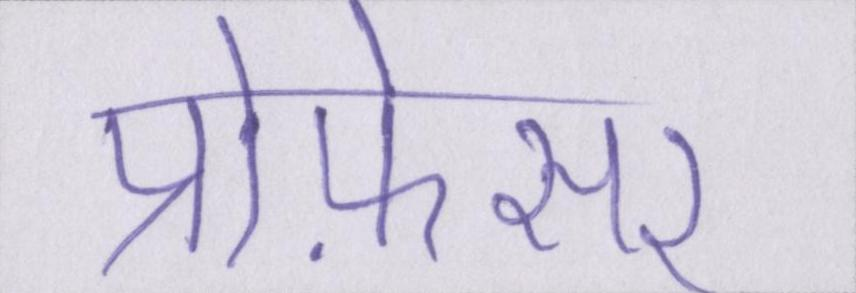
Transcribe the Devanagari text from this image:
प्रोफ़ेसर